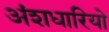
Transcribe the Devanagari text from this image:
अंशधारियो